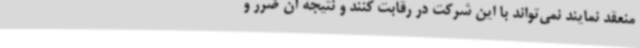
منعقد نمایند نمی‌تواند با این شرکت در رقابت کنند و نتیجه آن ضرر و